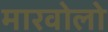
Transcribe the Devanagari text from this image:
मारवोलो